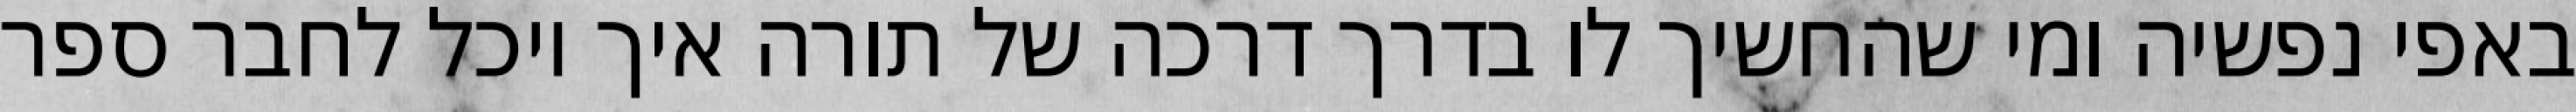
באפי נפשיה ומי שהחשיך לו בדרך דרכה של תורה איך יוכל לחבר ספר